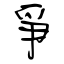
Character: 爭